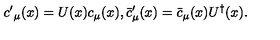
{ c ^ { \prime } } _ { \mu } ( x ) = U ( x ) c _ { \mu } ( x ) , { { \bar { c } } ^ { \prime } } _ { \mu } ( x ) = { \bar { c } } _ { \mu } ( x ) U ^ { \dagger } ( x ) .